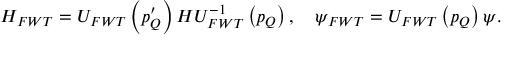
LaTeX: H _ { F W T } = U _ { F W T } \left( p _ { Q } ^ { \prime } \right) H U _ { F W T } ^ { - 1 } \left( p _ { Q } \right) , \quad \psi _ { F W T } = U _ { F W T } \left( p _ { Q } \right) \psi .